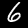
Digit: 6